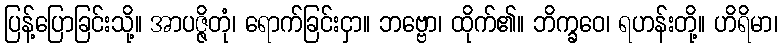
ပြန့်ပြောခြင်းသို့။ အာပဇ္ဇိတုံ၊ ရောက်ခြင်းငှာ။ ဘဗ္ဗော၊ ထိုက်၏။ ဘိက္ခဝေ၊ ရဟန်းတို့။ ဟိရိမာ၊